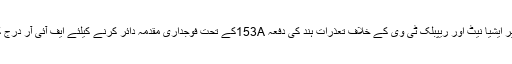
اسی بنیاد پر ایشیا نیٹ اور ریپبلک ٹی وی کے خلاف تعذرات ہند کی دفعہ 153Aکے تحت فوجداری مقدمہ دائر کرنے کیلئے ایف آئی آر درج کیاگیا ہے۔